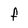
Character: F